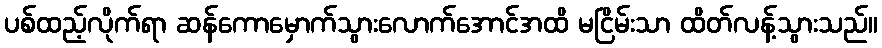
ပစ်ထည့်လိုက်ရာ ဆန်ကောမှောက်သွားလောက်အောင်အထိ မငြိမ်းသာ ထိတ်လန့်သွားသည်။